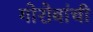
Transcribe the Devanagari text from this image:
गोरोबांची